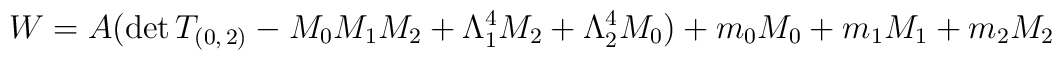
W  =  A(\mathrm{det}\,T_{(0,\,2)}-M_{0}M_{1}M_{2}+\Lambda _{1}^{4}M_{2}+\Lambda _{2}^{4}M_{0}) +m_{0}M_{0}+m_{1}M_{1}+m_{2}M_{2}